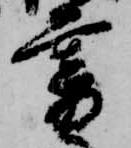
暮